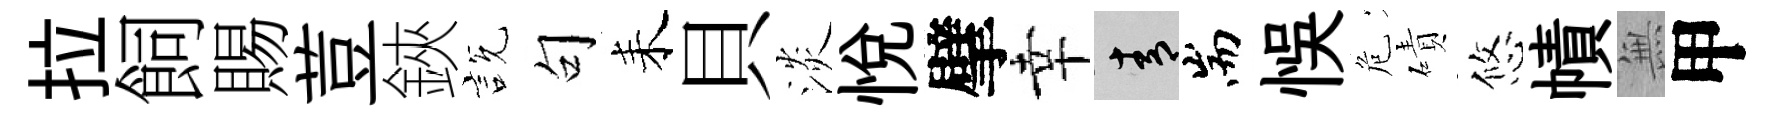
拉飼賜荳鋏説句耒貝淡悦擘幸青耑悞危磧悠幘𭴾甲